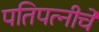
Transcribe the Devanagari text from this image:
पतिपत्नीचे